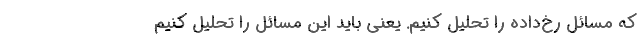
که مسائل رخ‌داده را تحلیل کنیم. یعنی باید این مسائل را تحلیل کنیم